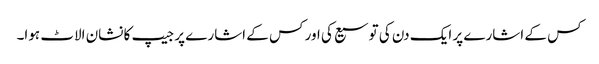
کس کے اشارے پر ایک دن کی توسیع کی اور کس کے اشارے پر جیپ کا نشان الاٹ ہوا۔